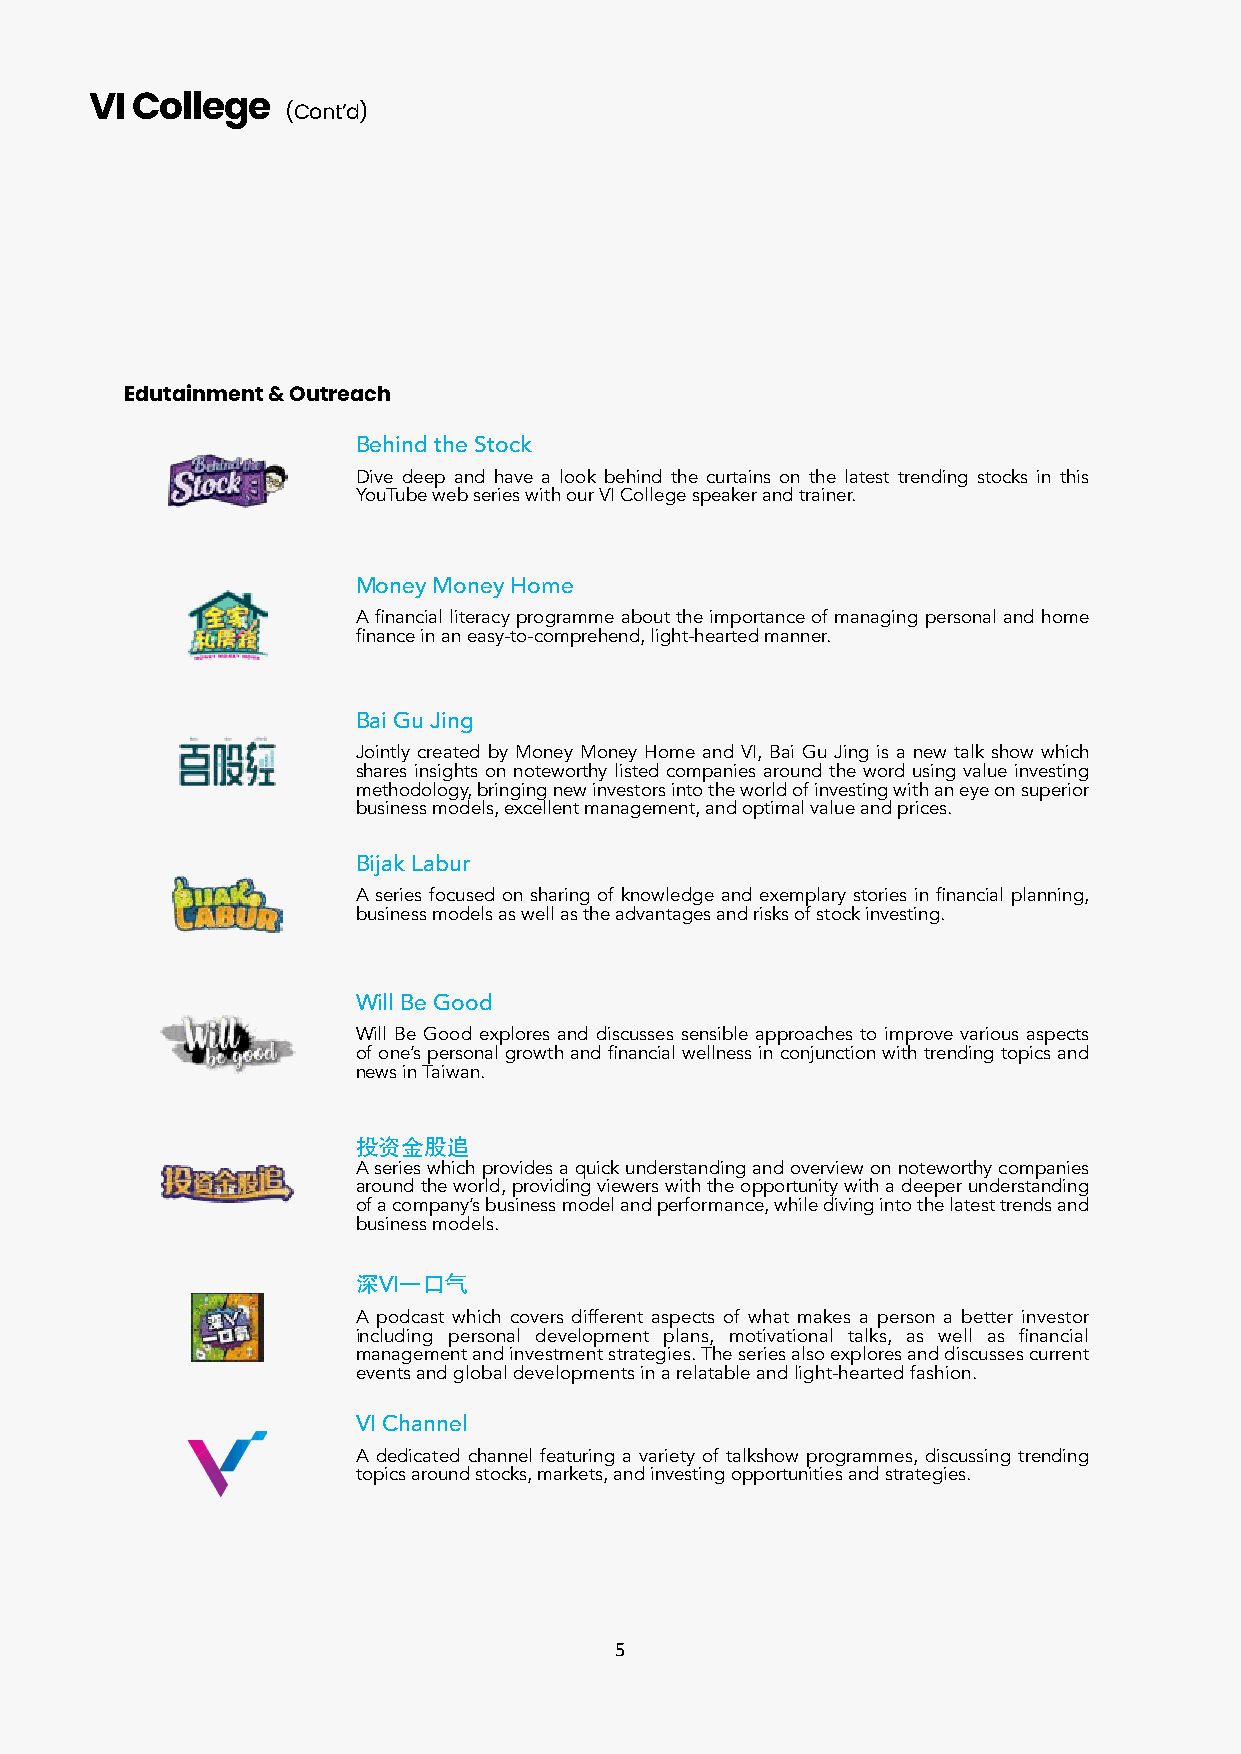
VI College   (Cont’d)
 Edutainment & Outreach
 Behind the Stock
 Dive deep and have a look behind the curtains on the latest trending stocks in this
 YouTube web series with our VI College speaker and trainer.
 Money Money Home
 A financial literacy programme about the importance of managing personal and home
 finance in an easy-to-comprehend, light-hearted manner.
 Bai Gu Jing
 Jointly created by Money Money Home and VI, Bai Gu Jing is a new talk show which
 shares insights on noteworthy listed companies around the word using value investing
 methodology, bringing new investors into the world of investing with an eye on superior
 business models, excellent management, and optimal value and prices.
 Bijak Labur
 A series focused on sharing of knowledge and exemplary stories in financial planning,
 business models as well as the advantages and risks of stock investing.
 Will Be Good
 Will Be Good explores and discusses sensible approaches to improve various aspects
 of one’s personal growth and financial wellness in conjunction with trending topics and
 news in Taiwan.
 投资金股追
 A series which provides a quick understanding and overview on noteworthy companies
 around the world, providing viewers with the opportunity with a deeper understanding
 of a company’s business model and performance, while diving into the latest trends and
 business models.
 深VI一口气
 A podcast which covers different aspects of what makes a person a better investor
 including personal development plans, motivational talks, as well as financial
 management and investment strategies. The series also explores and discusses current
 events and global developments in a relatable and light-hearted fashion.
 VI Channel
 A dedicated channel featuring a variety of talkshow programmes, discussing trending
 topics around stocks, markets, and investing opportunities and strategies.
 5